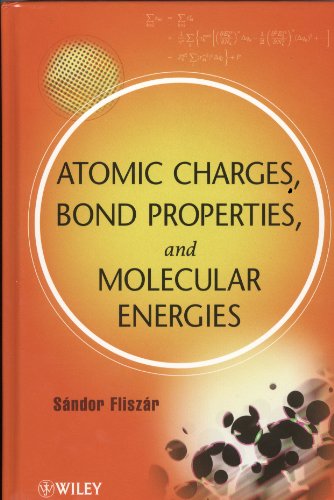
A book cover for Atomic Charges, Bond Properties, and Molecular Energies; Sandor Fliszar; Science & Math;